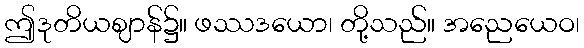
ဤဒုတိယဈာန်၌။ ဖဿဒယော၊ တို့သည်။ အညေယေဝ၊